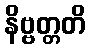
နိဗ္ဗတ္တတိ